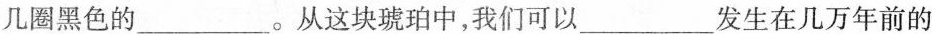
几圈黑色的___。从这块琥珀中，我们可以___发生在几万年前的